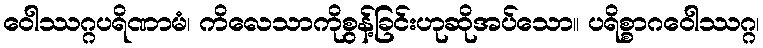
ဝေါဿဂ္ဂပရိဏာမံ၊ ကိလေသာကိုစွန့်ခြင်းဟုဆိုအပ်သော။ ပရိစ္စာဂဝေါဿဂ္ဂ၊